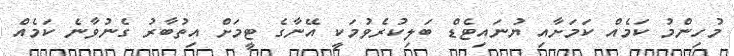
މުހިންމު ކަމެއް ކަމަށާއި ޔުނައިޓެޑް ބަލިކުރެވުމަކީ އޭނާގެ ޓީމަށް އިތުބާރު ގެނުވާނެ ކަމެއް